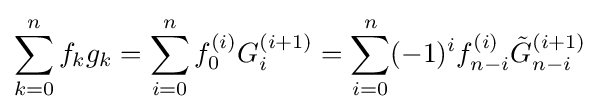
\sum _{k=0}^{n}f_{k}g_{k}=\sum _{i=0}^{n}f_{0}^{(i)}G_{i}^{(i+1)}=\sum _{i=0}^{n}(-1)^{i}f_{n-i}^{(i)}{\tilde {G}}_{n-i}^{(i+1)}